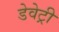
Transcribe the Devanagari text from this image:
डेवेट्री